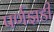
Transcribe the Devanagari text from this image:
पर्णझडी